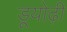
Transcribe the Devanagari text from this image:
डूयोढ़ी